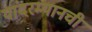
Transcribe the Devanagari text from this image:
यांदरम्यानची